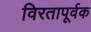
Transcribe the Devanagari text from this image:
विरतापूर्वक